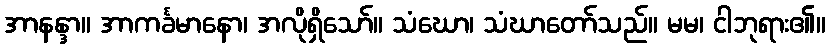
အာနန္ဒာ။ အာကင်္ခမာနော၊ အလိုရှိသော်။ သံဃော၊ သံဃာတော်သည်။ မမ၊ ငါဘုရား၏။